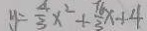
y = \frac { 4 } { 3 } x ^ { 2 } + \frac { 1 6 } { 3 } x + 4